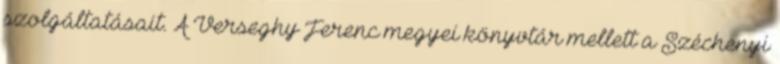
szolgáltatásait. A Verseghy Ferenc megyei könyvtár mellett a Széchenyi